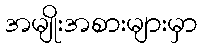
အမျိုးအစားများမှာ